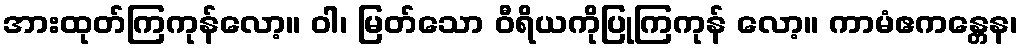
အားထုတ်ကြကုန်လော့။ ဝါ၊ မြတ်သော ဝီရိယကိုပြုကြကုန် လော့။ ကာမံဧကန္တေန၊